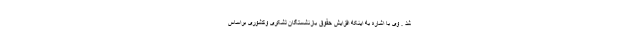
شد . وی با اشاره به اینکه افزایش حقوق بازنشستگان لشکری وکشوری براساس